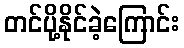
တင်ပို့နိုင်ခဲ့ကြောင်း